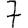
Digit: 7